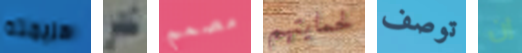
هزيمته عمر مصمم لحمايتهم توصف إن